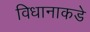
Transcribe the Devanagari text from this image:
विधानाकडे